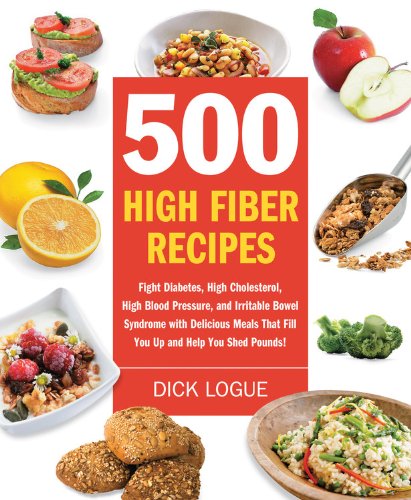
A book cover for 500 High Fiber Recipes: Fight Diabetes, High Cholesterol, High Blood Pressure, and Irritable Bowel Syndrome with Delicious Meals That Fill You Up and Help You Shed Pounds!; Dick Logue; Health, Fitness & Dieting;